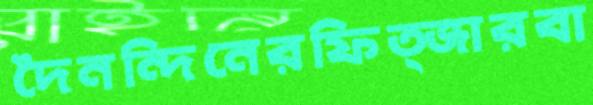
দৈনন্দিনেরফিত্জারবা